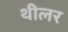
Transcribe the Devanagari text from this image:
थीलर